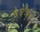
૧૬૩૮